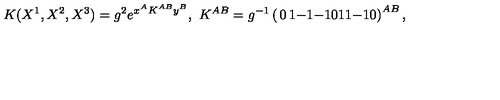
K ( X ^ { 1 } , X ^ { 2 } , X ^ { 3 } ) = g ^ { 2 } e ^ { x ^ { A } K ^ { A B } y ^ { B } } , \ K ^ { A B } = g ^ { - 1 } \left( \begin{matrix} { 0 } & { 1 } & { - 1 } \\ { - 1 } & { 0 } & { 1 } \\ { 1 } & { - 1 } & { 0 } \\ \end{matrix} \right) ^ { A B } ,